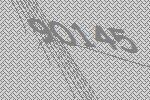
90145